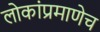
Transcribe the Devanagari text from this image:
लोकांप्रमाणेच